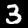
Label: 3